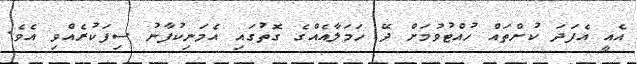
އެއީ އެފަދަ ކުށްތައް ހުއްޓުވުމަށް ދޭ ހަމަލާއެއްގެ ގޮތުގައި އެމަނިކުފާނު ސިފަކުރެއްވި އެވެ.